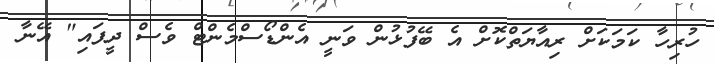
ހުރިހާ ކަމަކަށް ރިއާޔަތްކޮށް އެ ބޭފުޅުން ވަނީ އެންޑޯސްމެންޓް ވެސް ދީފައި" އޭނާ